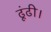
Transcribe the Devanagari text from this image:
ढूंढी।